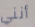
أنني